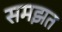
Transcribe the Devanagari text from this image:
समझत